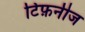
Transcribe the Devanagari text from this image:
टिफ़नीज